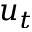
u _ { t }